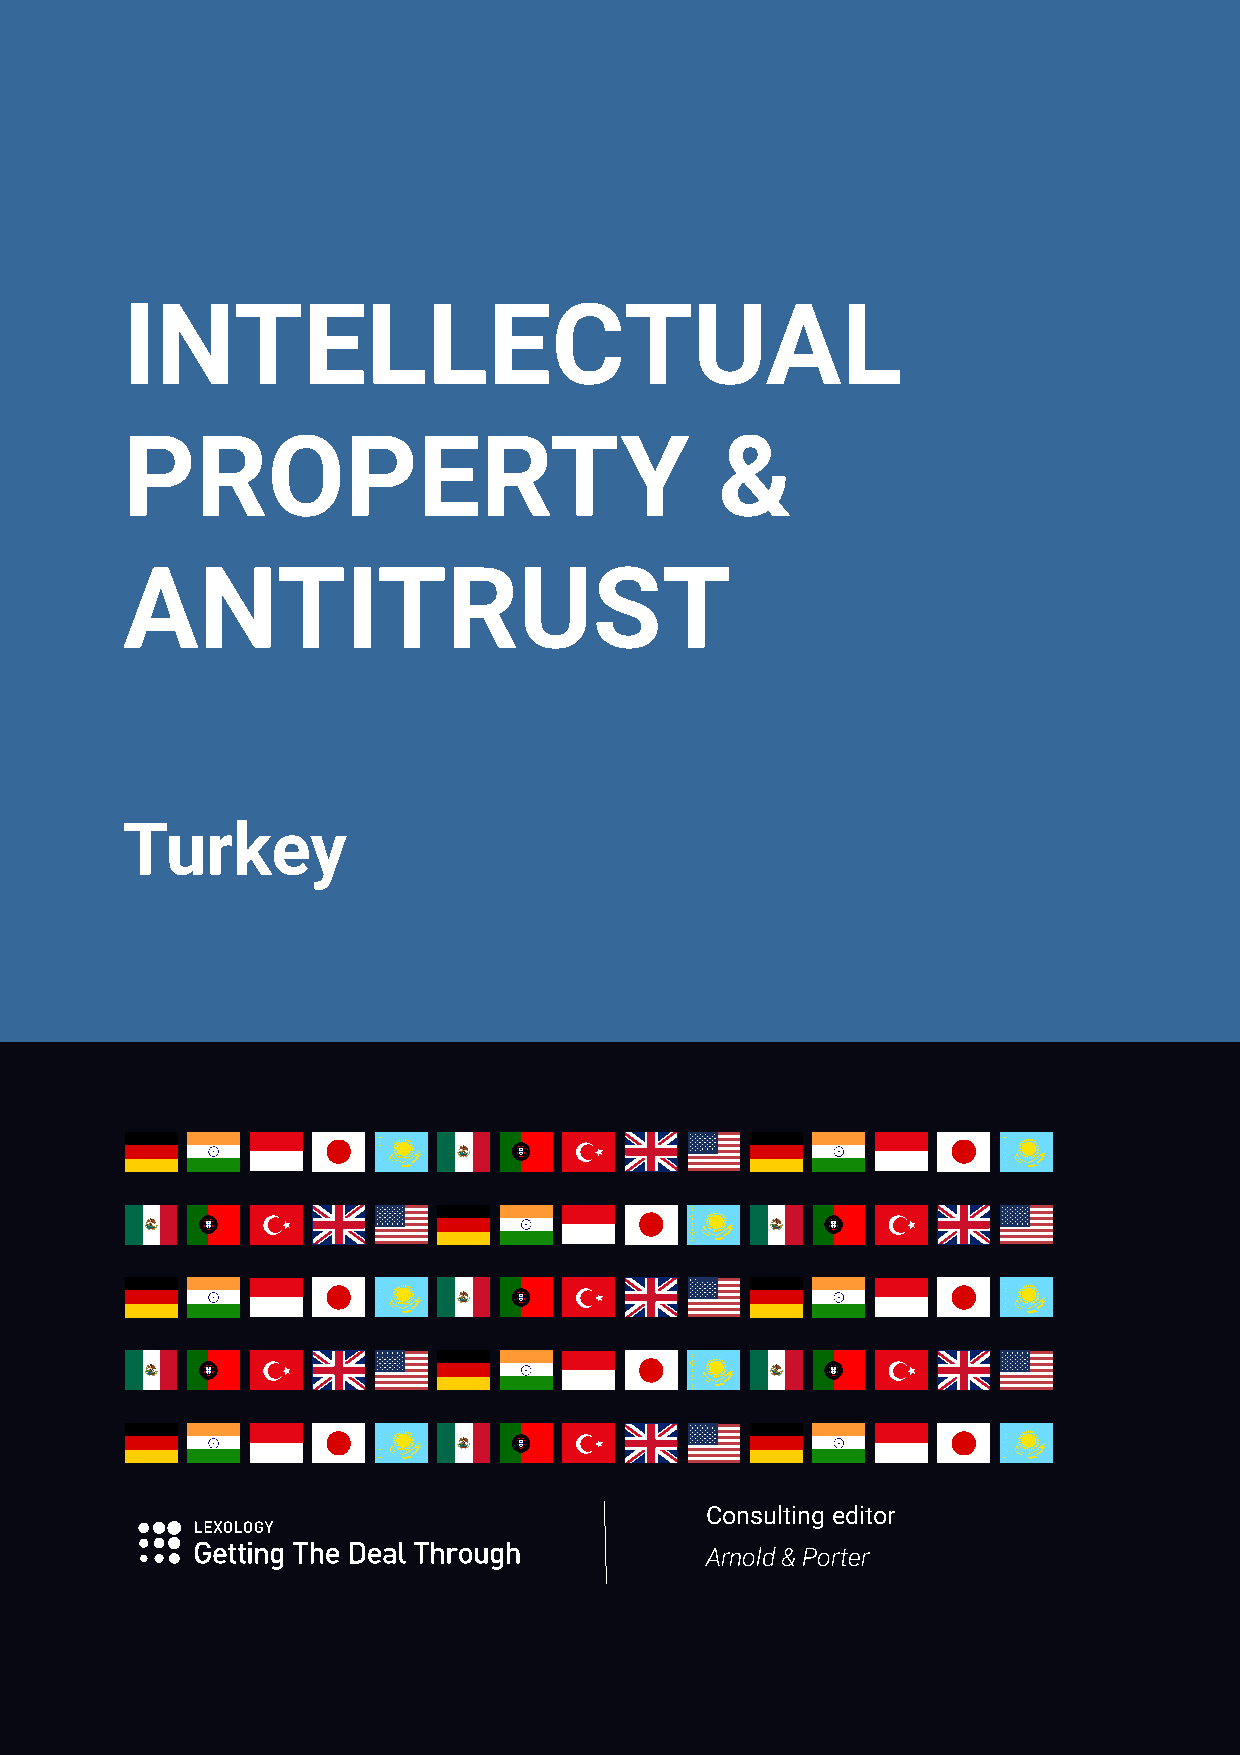
INTELLECTUAL
 PROPERTY                                &
 ANTITRUST
 Turkey
 Consulting editor
 Arnold & Porter